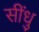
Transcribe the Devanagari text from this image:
सींधु